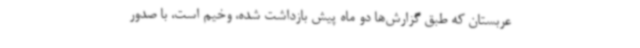
عربستان که طبق گزارش‌ها دو ماه پیش بازداشت شده، وخیم است، با صدور